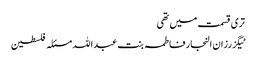
تری قسمت میں تھی
ٹیگزرزان النجار فاطمہ بنت عبداللہ مسئلہ فلسطین